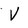
Character: V